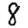
Digit: 8